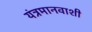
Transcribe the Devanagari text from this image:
यंत्रमानवाशी